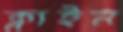
ক্লাইন